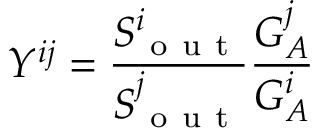
Y ^ { i j } = \frac { S _ { \mathrm { ~ o ~ u ~ t ~ } } ^ { i } } { S _ { \mathrm { ~ o ~ u ~ t ~ } } ^ { j } } \frac { G _ { A } ^ { j } } { G _ { A } ^ { i } }